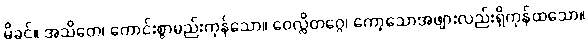
မိခင်။ အသိတေ၊ ကောင်းစွာမည်းကုန်သော။ ဝေလ္လိတဂ္ဂေ၊ ကော့သောအဖျားလည်းရှိကုန်ထသော။